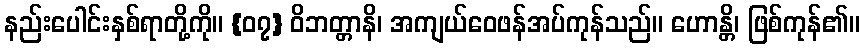
နည်းပေါင်းနှစ်ရာတို့ကို။ {၀၇} ဝိဘတ္တာနိ၊ အကျယ်ဝေဖန်အပ်ကုန်သည်။ ဟောန္တိ၊ ဖြစ်ကုန်၏။